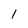
Character: I